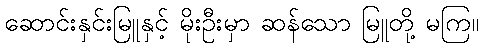
ဆောင်းနှင်းမြူနှင့် မိုးဦးမှာ ဆန်သော မြူတို့ မကြ။